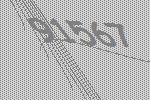
91567